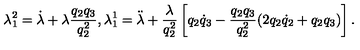
\lambda _ { 1 } ^ { 2 } = \dot { \lambda } + \lambda \frac { q _ { 2 } q _ { 3 } } { q _ { 2 } ^ { 2 } } , \lambda _ { 1 } ^ { 1 } = \ddot { \lambda } + \frac { \lambda } { q _ { 2 } ^ { 2 } } \left[ q _ { 2 } { \dot { q } } _ { 3 } - \frac { q _ { 2 } q _ { 3 } } { q _ { 2 } ^ { 2 } } ( 2 q _ { 2 } { \dot { q } } _ { 2 } + q _ { 2 } q _ { 3 } ) \right] .